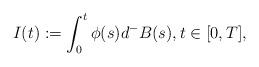
LaTeX: \begin{align*}I(t) :=\int_0^t\phi(s)d^-B(s), t\in[0, T ],\end{align*}